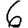
Digit: 6